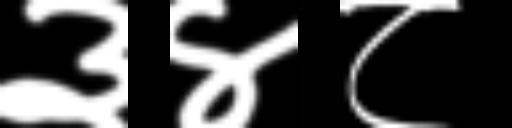
Text: ३४८